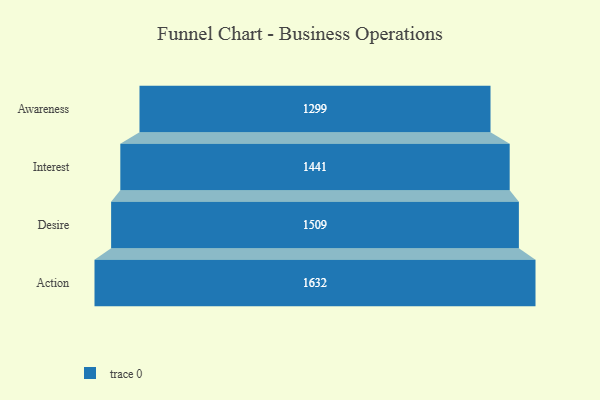
{"axis": {"x": "Stage", "y": "Value"}, "legend": [""], "data": [{"x": "Awareness", "y": 1299.0, "type": ""}, {"x": "Interest", "y": 1441.0, "type": ""}, {"x": "Desire", "y": 1509.0, "type": ""}, {"x": "Action", "y": 1632.0, "type": ""}]}